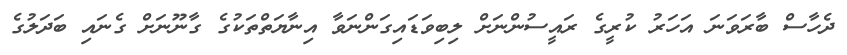
ދެހާސް ބާރަވަނަ އަަހަރު ކުރީގެ ރައީސުންނަށް ލިބިވަޑައިގަންނަވާ އިނާޔަތްތަކުގެ ގާނޫނަށް ގެނައި ބަަދަލުގެ